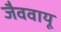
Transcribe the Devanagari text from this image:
जैववायू